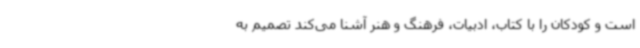
است و کودکان را با کتاب، ادبیات، فرهنگ و هنر آشنا می‌کند تصمیم به